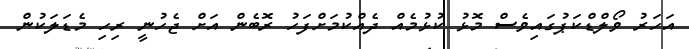
އަހަރު ވޯލްޑްކަޕުގައިވެސް މޮޅު ކުޅުމެއް ދެއްކުމަށްފަހު ރޮބެން އަށް ޖެހުނީ ރިހި މެޑަލަކުން